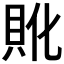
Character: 𲂨